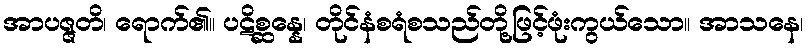
အာပဇ္ဇတိ၊ ရောက်၏။ ပဋိစ္ဆန္နေ၊ တိုင်နံစရံစသည်တို့ဖြင့်ဖုံးကွယ်သော။ အာသနေ၊